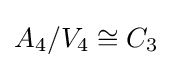
A_{4}/V_{4}\cong C_{3}